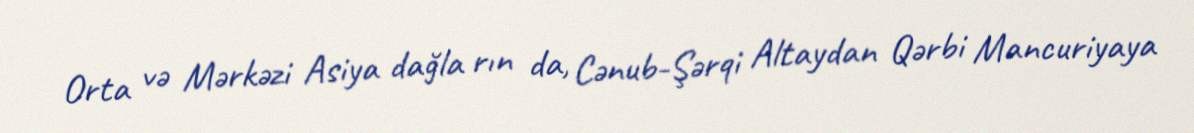
Orta və Mərkəzi Asiya dağla rın da, Cənub-Şərqi Altaydan Qərbi Mancuriyaya